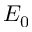
E _ { 0 }